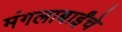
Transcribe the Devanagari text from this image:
मंगलाबाईंचे